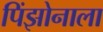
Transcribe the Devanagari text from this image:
पिंझोनाला